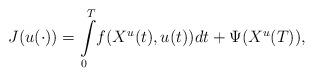
LaTeX: \begin{align*}J(u(\cdot))={\displaystyle \int \limits_{0}^{T}}f(X^u{(t)},u(t))dt+\Psi(X^u(T)),\end{align*}